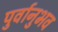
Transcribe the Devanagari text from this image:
पुर्वानुभव